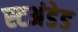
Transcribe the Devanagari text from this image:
स्टअंडेड